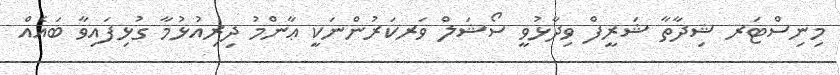
މިނިސްޓަރ ޝިދާތާ ޝަރީފް ވިދާޅުވީ ސޯޝަލް ވަރކަރުންނަކީ ޢާންމު ދިރިއުޅުމާ ގުޅިފައިވާ ބައެއް